Vaccination report Assam 1874-1896 - 1874-1896
Year: 1874
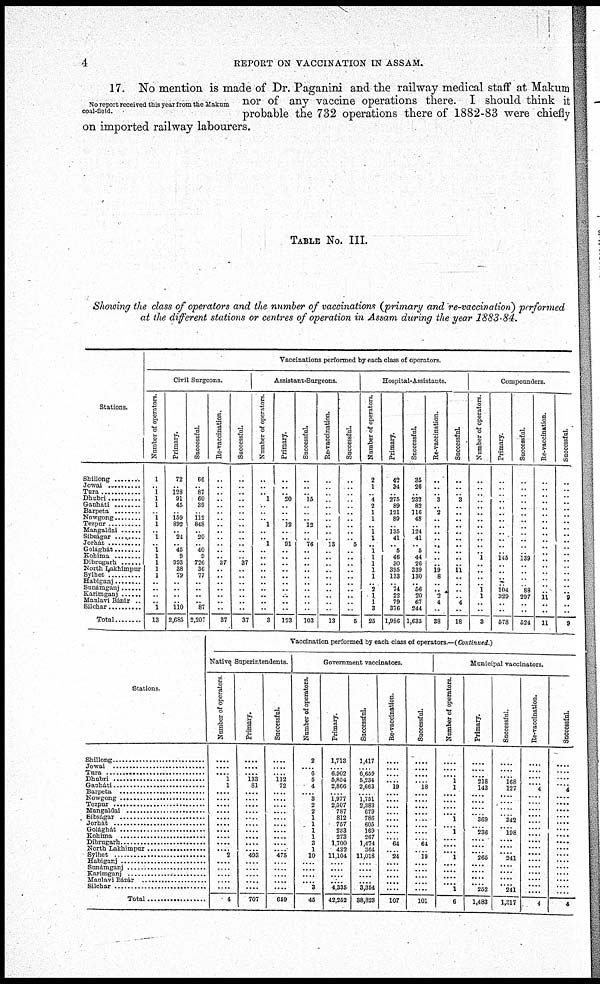
4
REPORT ON VACCINATION IN ASSAM.
No report received this year from the Makum
coal-field.
17. No mention is made of Dr. Paganini and the railway medical staff at Makum
nor of any vaccine operations there. I should think it
probable the 732 operations there of 1882-83 were chiefly
on imported railway labourers.
TABLE No. III.
Showing the class of operators and the number of vaccinations (primary and re-vaccination) performed
at the diferent stations or centres of operation in Assam during the year 1883-84.
Stations.
Shillong .........
Jowai
..............
Tura ............
Dhubri ............
Gauháti ............
Barpeta
Nowgong .........
Tezpur ..........
Mangaldai
Sibághat ...........
Jorhát
Golághát ........
Kohima ............
Dibrugarh .........
North Lakhimpur
Sylhet ............
Habiganj
Sunámganj
Karimganj ........
Maulavi Bázár ..
Silchar .........
Total .......
Vaccinations performed by each class of operators.
Civil Surgeons.
Number of operators.
1
.. 1
1
1
.. 1
1
.. 1
.. 1
1
1
1
1
.. ..
..
.. 1
13
Primary.
72
..
128
91
45
..
159
892
.. 24
.. 45
9
993
38
79
.. ..
..
.. 110
2,685
Successful.
66
.. 87
60
39
..
112
848
.. 20
.. 40
9
726
36
77
.. ..
..
.. 87
2,207
Re-vaccination.
..
..
.. ..
.. ..
.. ..
..
.. ..
.. .. 37
..
.. ..
..
..
..
..
37
Successful.
..
..
.. ..
.. ..
.. ..
..
.. ..
.. .. 37
..
.. ..
..
..
..
..
37
Assistant-Surgeons.
Number of operators.
..
..
.. 1
.. ..
.. 1
..
.. 1
.. ..
..
..
.. ..
..
..
..
..
3
Primary.
..
..
.. 20
.. ..
.. 12
..
.. 91
.. ..
..
..
.. ..
..
..
..
..
123
Successful.
..
..
.. 15
.. ..
.. 12
..
.. 76
.. ..
..
..
.. ..
..
..
..
..
103
Re-vaccination.
..
..
.. ..
..
..
.. ..
..
.. 13
.. ..
..
..
.. ..
..
..
..
..
13
Successful.
..
..
.. ..
.. ..
.. ..
..
.. 5
.. ..
..
..
.. ..
..
..
..
..
5
Hospital-Assistants.
Number of operators.
2
1
.. 4
2
1
1
.. 1
1
.. 1
1
1
1
1
.. 2
1
1
3
25
Primary.
42
34
.. 275
89
121
89
..
135
41
.. 5
46
30
395
133
.. 74
22
79
376
1,986
Successful.
35
26
.. 232
82
116
48
..
124
41
.. 5
44
26
339
130
.. 56
20
67
244
1,635
Re-vaccination.
..
..
.. 3
.. 2
.. ..
..
.. ..
.. ..
.. 19
8
.. .. 2
4
..
38
Successful.
..
..
.. 3
..
..
.. ..
..
.. ..
.. ..
.. 11
.. ..
..
.. 4
..
18
Compounders.
Number of operators.
..
..
.. ..
..
..
.. ..
..
.. ..
.. 1
..
..
.. .. 1
1
..
..
3
Primary.
..
..
.. ..
..
..
.. ..
..
.. ..
.. 145
..
..
.. ..
104
329
..
..
578
Successful.
..
..
.. ..
..
..
.. ..
..
.. ..
.. 139
..
..
..
.. 88
297
..
..
524
Re-vaccination.
..
..
.. ..
..
..
..
..
..
.. ..
.. ..
..
..
..
..
.. 11
..
..
11
Successful.
..
..
..
..
..
..
..
..
..
.. ..
.. ..
..
..
..
..
.. 9
..
..
9
Stations.
Shillong
Jowai
Tura
Dhubri ...................
Gauháti ...................
Barpeta
Nowgong ..................
Tezpur
Mangaldai
Sibságar .............
Jorhát
Golághát ........................
Kohima
Dibrugarh
North Lakhimpur
Sylhet .................
Habiganj
Sunámganj
Karimganj
Maulavi Bázár
Silchar ..........
Total .........
Vaccination performed by each class of operators —(Continued )
Native Superintendents.
Number of operators.
....
.... .... 1
1
....
....
....
....
....
....
....
....
....
.... 2
....
....
....
....
....
4
Primary.
....
.... .... 133
81
....
....
....
....
....
....
....
....
....
.... 493
....
....
....
....
....
707
Successful.
....
.... .... 112
72
....
....
....
....
....
....
....
....
....
.... 475
....
....
....
....
....
659
Government vaccinators.
Number of operators.
2
.... 6
5
4
.... 3
2
2
1
1
1
1
3
1
10
....
....
....
.... 3
45
Primary.
1,713
.... 6,902
5,854
2,866
.... 1,977
2,507
787
812
757
233
273
1,700
432
11,104
....
....
....
.... 4,335
42,252
Successful.
1,417
.... 6,659
5,234
2,663
.... 1,751
2,383
679
786
605
169
267
1,474
364
11,018
....
....
....
.... 3,354
38,823
Re-vaccination.
....
.... ....
.... 19
....
....
....
....
....
....
....
.... 64
.... 24
....
....
....
....
....
107
Successful.
....
.... ....
.... 18
....
....
....
....
....
....
....
.... 64
.... 19
....
....
....
....
....
101
Municipal vaccinators.
Number of operators.
....
.... .... 1
1
....
....
....
.... 1
.... 1
....
....
.... 1
.... ....
....
.... 1
6
Primary.
....
.... .... 218
143
....
....
....
.... 369
.... 236
....
....
.... 265
....
....
....
.... 252
1,483
Successful.
....
.... .... 168
127
....
....
....
.... 342
.... 198
....
....
.... 241
....
....
....
.... 241
1,317
Re-vaccination.
....
.... ....
.... 4
....
....
....
....
....
....
....
....
....
....
....
....
....
....
....
....
4
Successful.
....
.... ....
....
4
.... ....
....
....
....
....
....
....
....
....
....
....
....
....
....
....
4